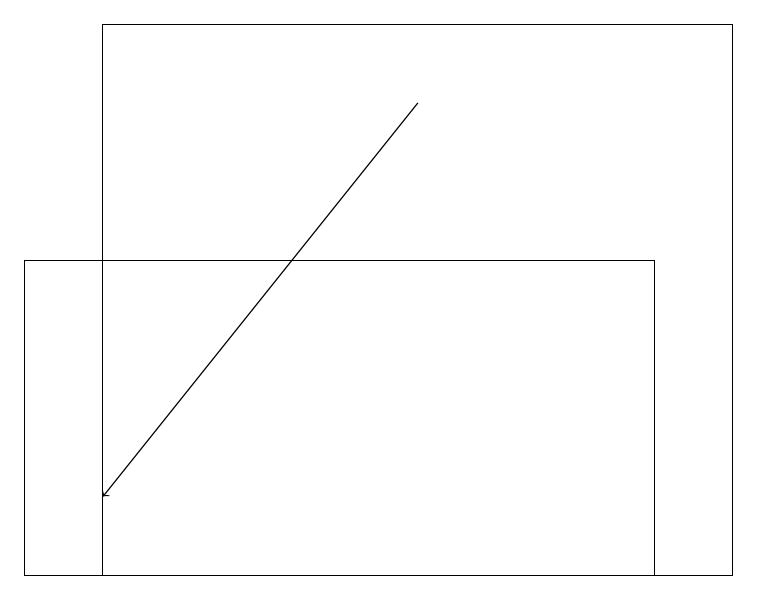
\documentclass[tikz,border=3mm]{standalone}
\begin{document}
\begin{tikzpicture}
\draw (1,19) rectangle (9,12);
\draw (0,12) rectangle (8,16);
\draw[->] (5,18) -- (1,13);
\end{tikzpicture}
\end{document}